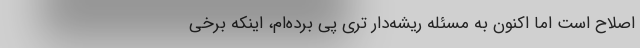
اصلاح است اما اکنون به مسئله ریشه‌دار تری پی برده‌ام، اینکه برخی